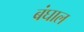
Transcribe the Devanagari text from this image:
बंघाल